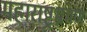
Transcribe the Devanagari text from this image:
महाराष्ट्रभ्रमण